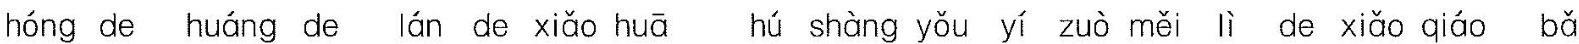
hóng de huáng de lán de xiǎo huā hú shàng yǒu yī zuò měi lì de xiǎo qiáo bǎ